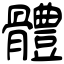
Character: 體